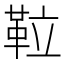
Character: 𩊌